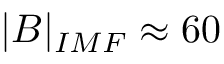
| B | _ { I M F } \approx 6 0